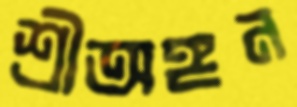
শ্রীঅঙ্গন